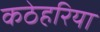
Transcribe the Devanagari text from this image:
कठेहरिया